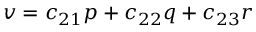
v = c _ { 2 1 } p + c _ { 2 2 } q + c _ { 2 3 } r